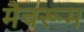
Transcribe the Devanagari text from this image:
मैचरूम